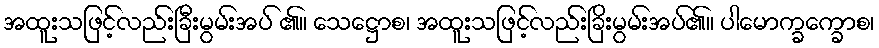
အထူးသဖြင့်လည်းခြီးမွမ်းအပ် ၏။ သေဋ္ဌောစ၊ အထူးသဖြင့်လည်းခြိးမွမ်းအပ်၏။ ပါမောက္ခက္ခောစ၊